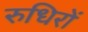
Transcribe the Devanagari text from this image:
रुधिरों